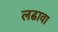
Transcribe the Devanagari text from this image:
लढावा